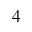
_ { 4 }